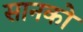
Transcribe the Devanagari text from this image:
सानको